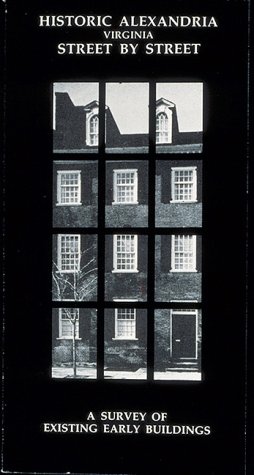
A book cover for Historic Alexandria, Virginia, Street by Street: A Survey of Existing Early Buildings; Ethelyn Cox; Travel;